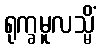
ရုက္ခမူလသ္မိံ